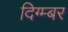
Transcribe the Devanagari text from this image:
दिग्म्बर